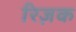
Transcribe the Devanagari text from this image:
रिज़क